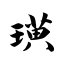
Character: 璜